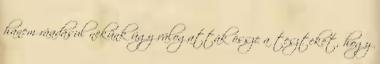
hanem ráadásul nekünk úgy válogatták össze a teszteket, hogy